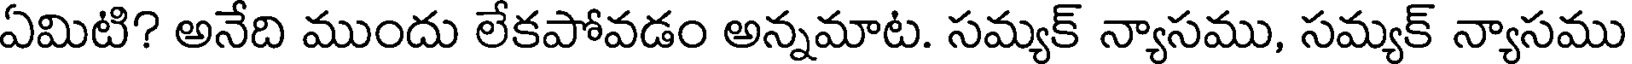
ఏమిటి? అనేది ముందు లేకపోవడం అన్నమాట. సమ్యక్ న్యాసము, సమ్యక్ న్యాసము